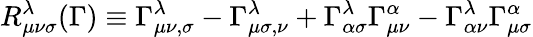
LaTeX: R_{\mu\nu\sigma}^{\lambda}(\Gamma)\equiv\Gamma_{\mu\nu,\sigma}^{\lambda}-\Gamma_{\mu\sigma,\nu}^{\lambda}+\Gamma_{\alpha\sigma}^{\lambda}\Gamma_{\mu\nu}^{\alpha}-\Gamma_{\alpha\nu}^{\lambda}\Gamma_{\mu\sigma}^{\alpha}